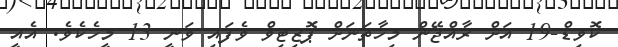
ކޮވިޑް-19 އަށް ރާއްޖޭން މިހާތަނަށް ޕޮޒިޓިވް ވެފައި ވަނީ 13 މީހެކެވެ. އެއީ